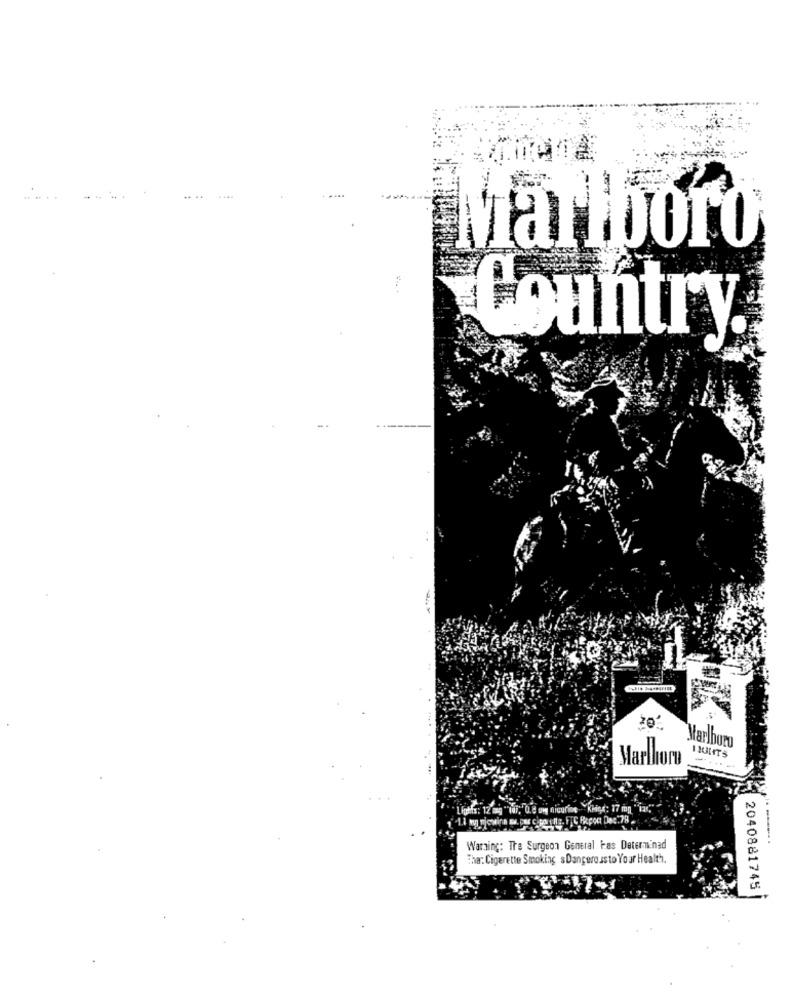
.. .
Marlboro
Country
20"
Marlboro
Marlon
IJUHT5
Nights: 12 mg "lar, 0.8 om nicurine Klige: 17 mn "
Warning: The Surgeon General tas Determinad
Tha: Cigarette Smoking &Dangerousto Your Health.
2040881745|